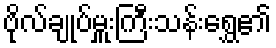
ဗိုလ်ချုပ်မှူးကြီးသန်းရွှေ၏